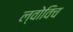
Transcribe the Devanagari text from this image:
ल्वोविच